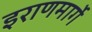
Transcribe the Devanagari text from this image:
इराणमार्गे